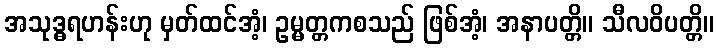
အသုဒ္ဓရဟန်းဟု မှတ်ထင်အံ့၊ ဥမ္မတ္တကစသည် ဖြစ်အံ့၊ အနာပတ္တိ။ သီလဝိပတ္တိ။